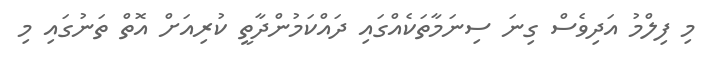
މި ފިލްމު އަދިވެސް ގިނަ ސިނަމާތަކެއްގައި ދައްކަމުންދާތީ ކުރިއަށް އޮތް ތަނުގައި މި